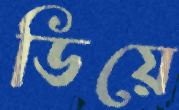
ডিয়ে